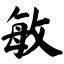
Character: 敏